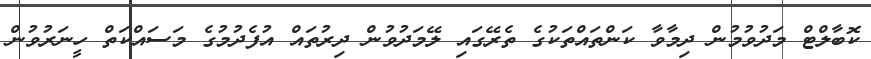
ކޮބާލްޓް މަދުވުމުން ދިމާވާ ކަންތައްތަކުގެ ތެރޭގައި ލޭމަދުވުން ދިރުތައް އުފެދުމުގެ މަސައްކަތް ހީނަރުވުން